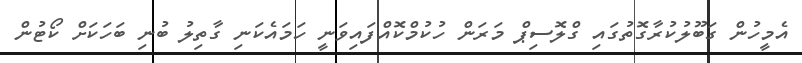
އެމީހުން ގަބޫލުކުރާގޮތުގައި ގްލޮސިޕް މަރަން ހުކުމްކޮއްފައިވަނީ ހަމައެކަނި ގާތިލު ބުނި ބަހަކަށް ކޯޓުން